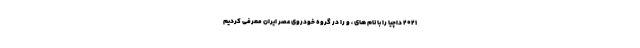
2021 داچیا را با نام های ، و را در گروه خودروی عصر ایران معرفی کردیم